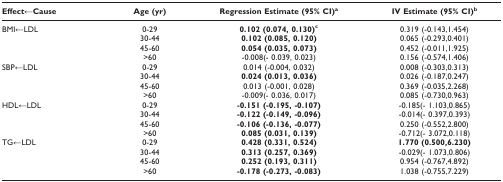
<table><thead><tr><td><b>Effect←Cause</b></td><td><b>Age (yr)</b></td><td><b>Regression Estimate (95% CI)<sup>a</sup></b></td><td><b>IV Estimate (95% CI)<sup>b</sup></b></td></tr></thead><tbody><tr><td>BMI←LDL</td><td>0-29</td><td><b>0.102 (0.074, 0.130)<sup>c</sup></b></td><td>0.319 (-0.143,1.454)</td></tr><tr><td></td><td>30-44</td><td><b>0.102 (0.085, 0.120)</b></td><td>0.065 (-0.293,0.401)</td></tr><tr><td></td><td>45-60</td><td><b>0.054 (0.035, 0.073)</b></td><td>0.452 (-0.011,1.925)</td></tr><tr><td></td><td>&gt;60</td><td>-0.008(- 0.039, 0.023)</td><td>0.156 (-0.574,1.406)</td></tr><tr><td>SBP←LDL</td><td>0-29</td><td>0.014 (-0.004, 0.032)</td><td>0.008 (-0.303,0.313)</td></tr><tr><td></td><td>30-44</td><td><b>0.024 (0.013, 0.036)</b></td><td>0.026 (-0.187,0.247)</td></tr><tr><td></td><td>45-60</td><td>0.013 (-0.001, 0.028)</td><td>0.369 (-0.035,2.268)</td></tr><tr><td></td><td>&gt;60</td><td>-0.009(- 0.036, 0.017)</td><td>0.085 (-0.730,0.963)</td></tr><tr><td>HDL←LDL</td><td>0-29</td><td><b>-0.151 (-0.195, -0.107)</b></td><td>-0.185(- 1.103,0.865)</td></tr><tr><td></td><td>30-44</td><td><b>-0.122 (-0.149, -0.096)</b></td><td>-0.014(- 0.397,0.393)</td></tr><tr><td></td><td>45-60</td><td><b>-0.106 (-0.136, -0.077)</b></td><td>0.250 (-0.552,2.800)</td></tr><tr><td></td><td>&gt;60</td><td><b>0.085 (0.031, 0.139)</b></td><td>-0.712(- 3.072,0.118)</td></tr><tr><td>TG←LDL</td><td>0-29</td><td><b>0.428 (0.331, 0.524)</b></td><td><b>1.770 (0.500,6.230)</b></td></tr><tr><td></td><td>30-44</td><td><b>0.313 (0.257, 0.369)</b></td><td>-0.029(- 1.073,0.806)</td></tr><tr><td></td><td>45-60</td><td><b>0.252 (0.193, 0.311)</b></td><td>0.954 (-0.767,4.892)</td></tr><tr><td></td><td>&gt;60</td><td><b>-0.178 (-0.273, -0.083)</b></td><td>1.038 (-0.755,7.229)</td></tr></tbody></table>